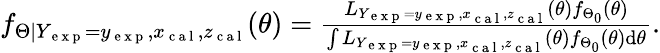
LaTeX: \begin{array}{r}{f_{\Theta|Y_{\mathrm{~e~x~p~}}=y_{\mathrm{~e~x~p~}},x_{\mathrm{~c~a~l~}},z_{\mathrm{~c~a~l~}}}(\theta)=\frac{L_{Y_{\mathrm{~e~x~p~}}=y_{\mathrm{~e~x~p~}},x_{\mathrm{~c~a~l~}},z_{\mathrm{~c~a~l~}}}(\theta)f_{\Theta_{0}}(\theta)}{\int L_{Y_{\mathrm{~e~x~p~}}=y_{\mathrm{~e~x~p~}},x_{\mathrm{~c~a~l~}},z_{\mathrm{~c~a~l~}}}(\theta)f_{\Theta_{0}}(\theta)\mathrm{d}\theta}.}\end{array}